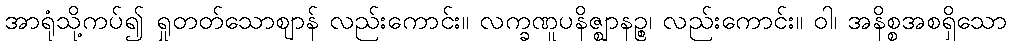
အာရုံသို့ကပ်၍ ရှုတတ်သောဈာန် လည်းကောင်း။ လက္ခဏူပနိဇ္ဈာနဉ္စ၊ လည်းကောင်း။ ဝါ၊ အနိစ္စအစရှိသော